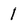
Character: 1